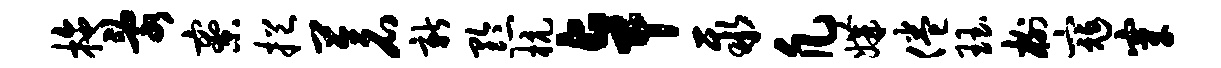
拖乱寮挹苍新黔杭卓聚凡媾倦珏榭寇穿